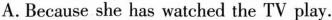
A.Because she has watched the TV play.